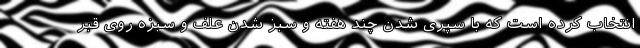
انتخاب کرده است که با سپری شدن چند هفته و سبز شدن علف و سبزه روی قبر